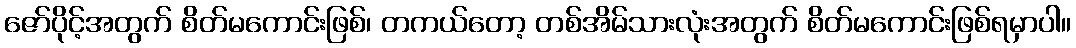
ဇော်ပိုင့်အတွက် စိတ်မကောင်းဖြစ်၊ တကယ်တော့ တစ်အိမ်သားလုံးအတွက် စိတ်မကောင်းဖြစ်ရမှာပါ။